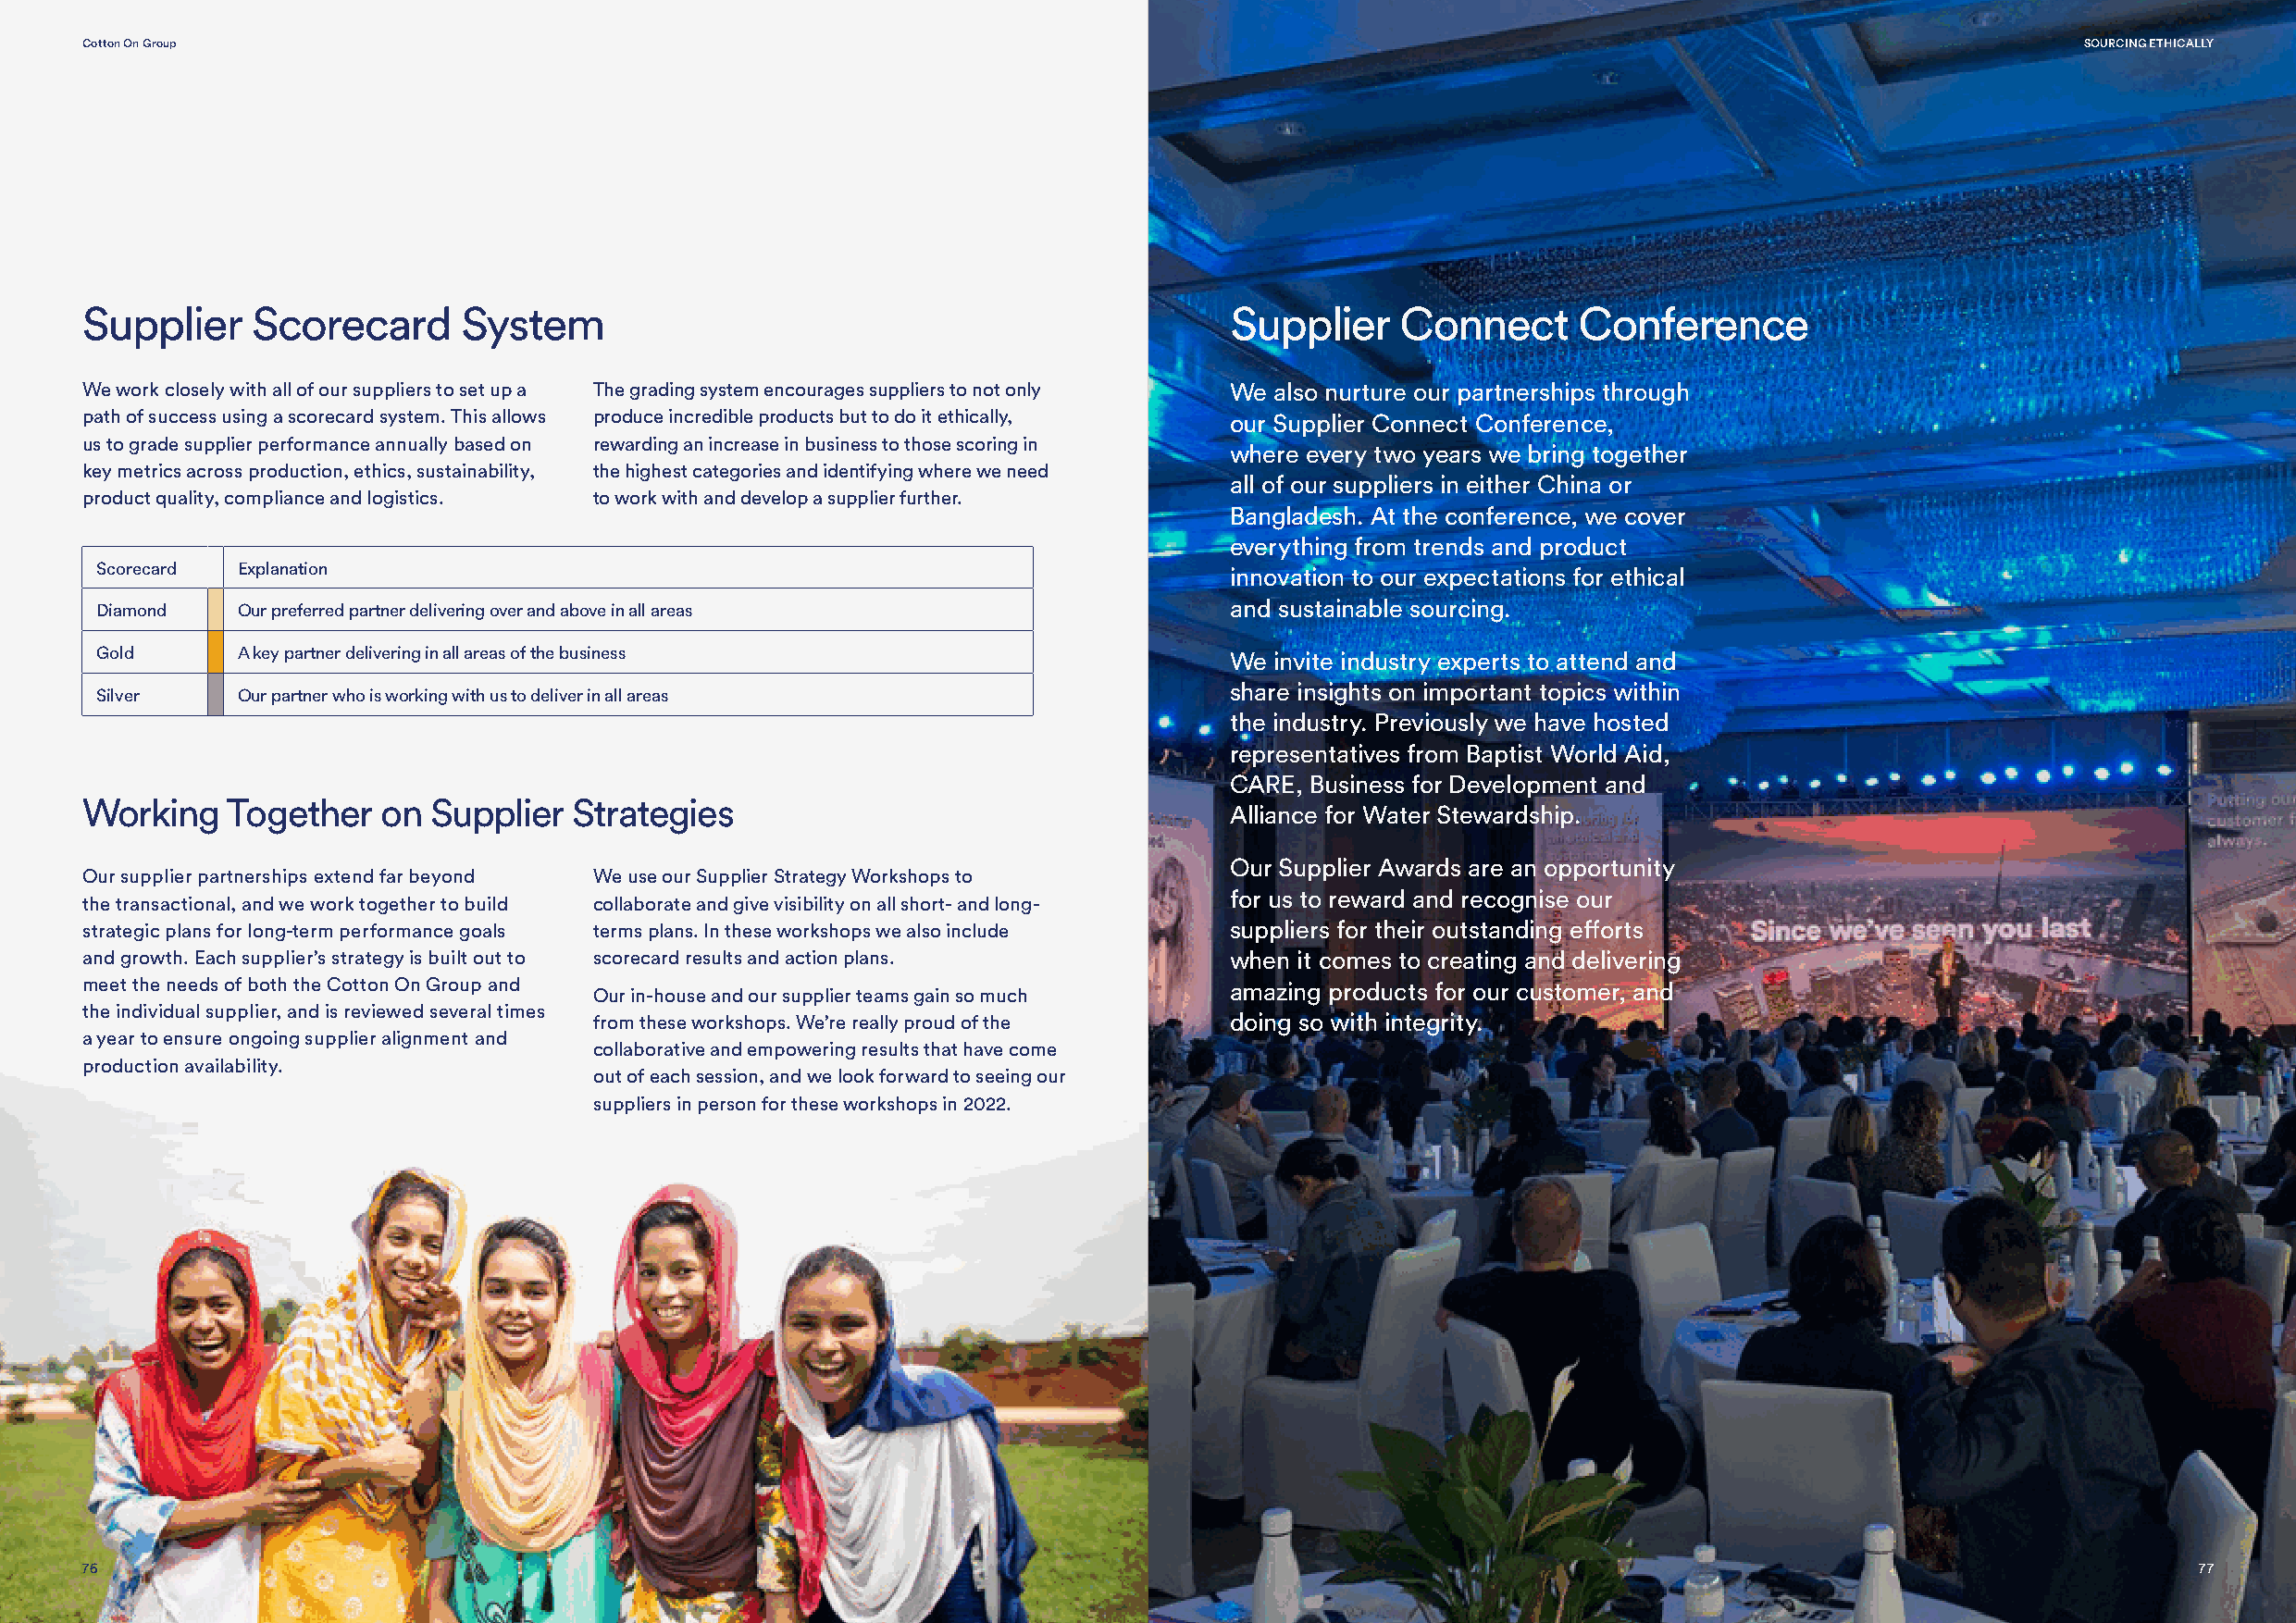
Cotton On Group                                                                                                                                SOURCING ETHICALLY
 Supplier    Scorecard      System                                                 Supplier    Connect      Conference
 We work closely with all of our suppliers to set up a The grading system encourages suppliers to not only We also nurture our partnerships through
 path of success using a scorecard system. This allows produce incredible products but to do it ethically, our Supplier Connect Conference,
 us to grade supplier performance annually based on rewarding an increase in business to those scoring in
 where every two years we bring together
 key metrics across production, ethics, sustainability, the highest categories and identifying where we need
 all of our suppliers in either China or
 product quality, compliance and logistics. to work with and develop a supplier further.
 Bangladesh. At the conference, we cover
 everything from trends and product
 Scorecard Explanation
 innovation to our expectations for ethical
 Diamond   Our preferred partner delivering over and above in all areas           and sustainable sourcing.
 Gold      A key partner delivering in all areas of the business                  We invite industry experts to attend and
 share insights on important topics within
 Silver    Our partner who is working with us to deliver in all areas
 the industry. Previously we have hosted
 representatives from Baptist World Aid,
 CARE, Business for Development and
 Working   Together   on  Supplier  Strategies
 Alliance for Water Stewardship.
 Our Supplier Awards are an opportunity
 Our supplier partnerships extend far beyond We use our Supplier Strategy Workshops to
 for us to reward and recognise our
 the transactional, and we work together to build collaborate and give visibility on all short- and long-
 strategic plans for long-term performance goals terms plans. In these workshops we also include suppliers for their outstanding efforts
 and growth. Each supplier’s strategy is built out to scorecard results and action plans. when it comes to creating and delivering
 meet the needs of both the Cotton On Group and                                    amazing products for our customer, and
 Our in-house and our supplier teams gain so much
 the individual supplier, and is reviewed several times
 from these workshops. We’re really proud of the doing so with integrity.
 a year to ensure ongoing supplier alignment and
 collaborative and empowering results that have come
 production availability.
 out of each session, and we look forward to seeing our
 suppliers in person for these workshops in 2022.
 76                                                                                                                                                     77